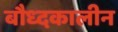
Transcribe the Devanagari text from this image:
बौध्दकालीन